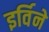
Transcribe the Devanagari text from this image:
इर्विने